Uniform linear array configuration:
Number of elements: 32
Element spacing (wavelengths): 0.25
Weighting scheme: uniform
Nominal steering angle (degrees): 60
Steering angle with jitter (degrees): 59.692
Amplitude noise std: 0.05
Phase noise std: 0.05

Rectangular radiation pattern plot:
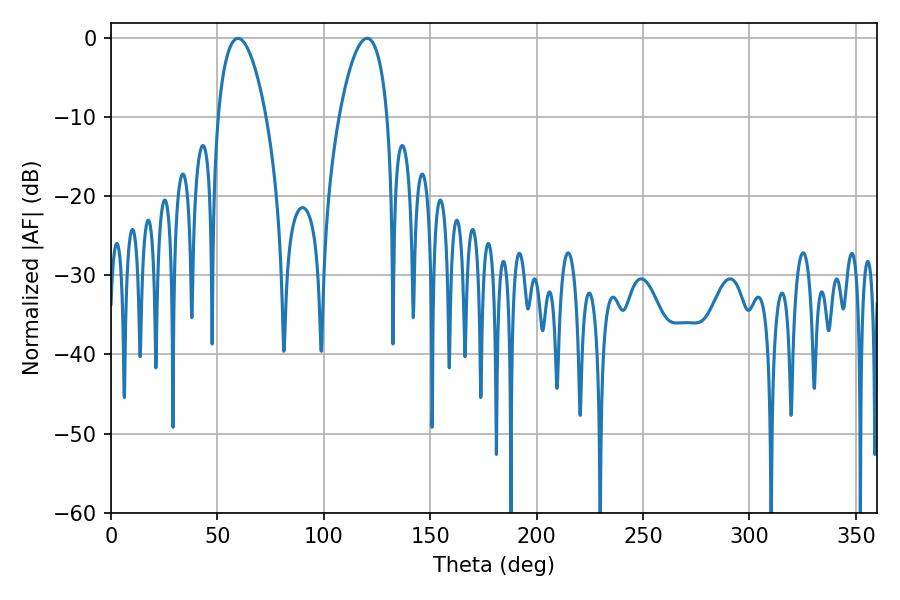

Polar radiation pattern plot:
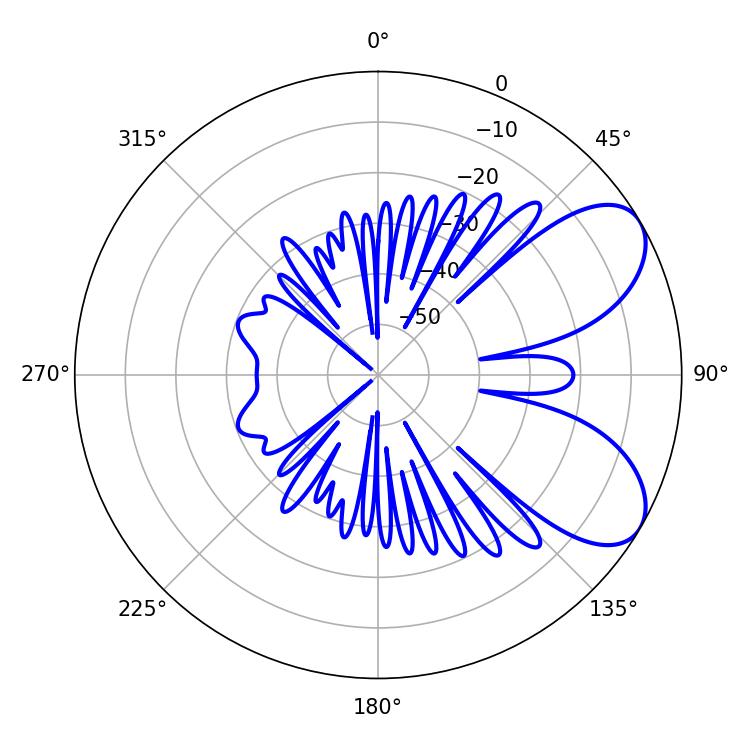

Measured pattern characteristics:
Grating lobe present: FALSE
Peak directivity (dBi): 6.835
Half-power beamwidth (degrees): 12.6
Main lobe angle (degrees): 120.42